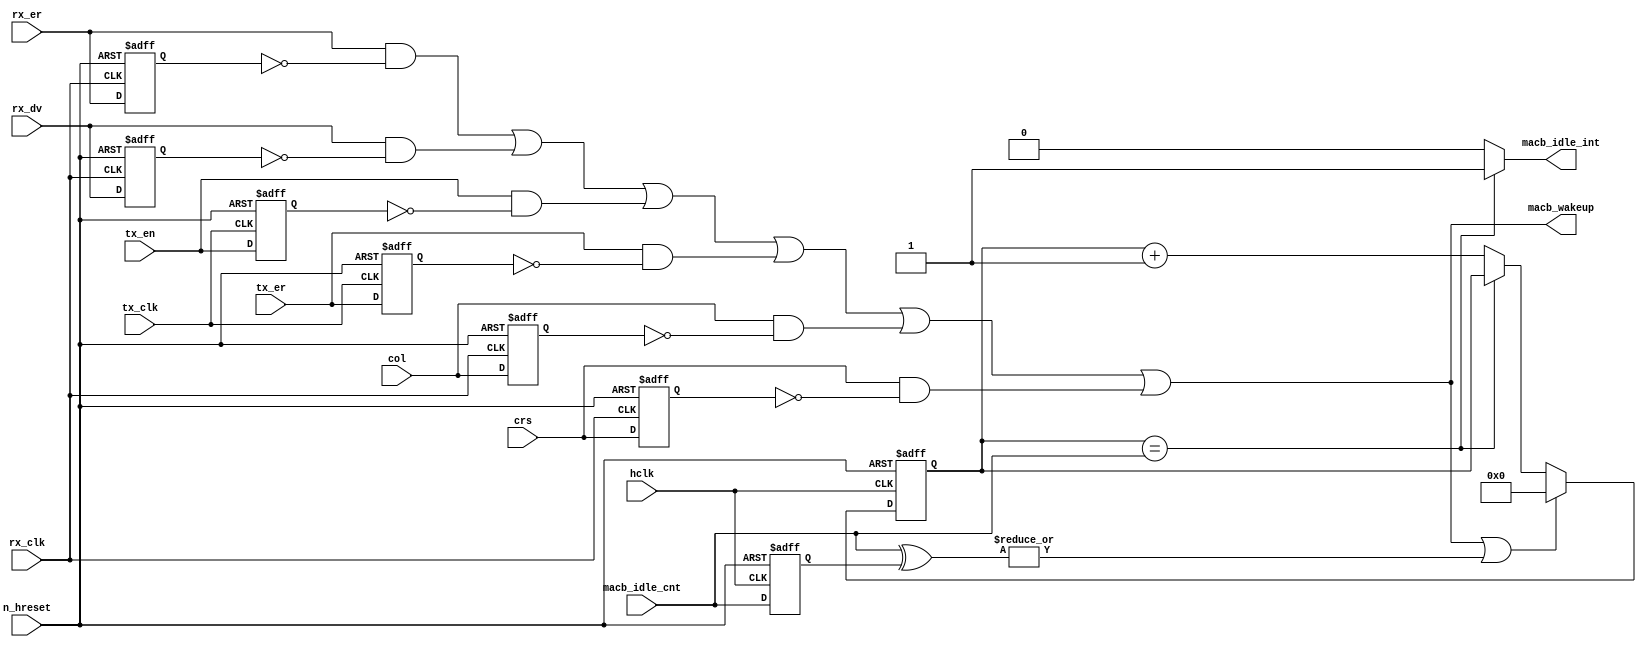
//----------------------------------------------------------------------
//   Copyright 1999-2010 Cadence Design Systems, Inc.
//   All Rights Reserved Worldwide
//
//   Licensed under the Apache License, Version 2.0 (the
//   "License"); you may not use this file except in
//   compliance with the License.  You may obtain a copy of
//   the License at
//
//       http://www.apache.org/licenses/LICENSE-2.0
//
//   Unless required by applicable law or agreed to in
//   writing, software distributed under the License is
//   distributed on an "AS IS" BASIS, WITHOUT WARRANTIES OR
//   CONDITIONS OF ANY KIND, either express or implied.  See
//   the License for the specific language governing
//   permissions and limitations under the License.
//----------------------------------------------------------------------

module mac_pcm (
   col,
   crs,
   tx_er,
   tx_en,
   tx_clk,
   rx_er,
   rx_clk,
   rx_dv,

   hclk,             
   n_hreset,
   macb_idle_cnt,
   macb_idle_int,
   macb_wakeup
);

input         col;            // collision detect signal from the PHY
input         crs;            // carrier sense signal from the PHY
input         tx_er;          // transmit error signal to the PHY
input         tx_en;          // transmit enable signal to the PHY
input         tx_clk;         // transmit clock from the PHY
input         rx_er;          // receive error signal from the PHY
input         rx_clk;          // receive error signal from the PHY
input         rx_dv;          // receive data valid signal from the PHY

input         hclk;           // AHB clock
input         n_hreset;       // AHB reset

input [31:0] macb_idle_cnt;  // macb idle count value from macb register i/f

output       macb_idle_int;  // idle  interrupt to macb register i/f
output       macb_wakeup;

reg  col_reg, crs_reg,  tx_en_reg, tx_er_reg, rx_dv_reg, rx_er_reg;

reg [31:0] idle_cnt;

reg [31:0] macb_idle_cnt_reg;

wire macb_cnt_update;

// Latch rx i/f signals
always @(posedge rx_clk or negedge n_hreset) begin
  if(!n_hreset)begin
     col_reg <= 0;
     crs_reg <= 0;
     rx_er_reg <= 0;
     rx_dv_reg <= 0;
  end else begin
     col_reg <= col;
     crs_reg <= crs;
     rx_er_reg <= rx_er;
     rx_dv_reg <= rx_dv;
  end
end 

// Latch tx i/f signals
always @(posedge tx_clk or negedge n_hreset) begin
  if(!n_hreset)begin
    tx_er_reg <= 0;
    tx_en_reg <= 0;
  end else begin
    tx_er_reg <= tx_er;
    tx_en_reg <= tx_en;
  end
end

// pulse generation
wire col_p = col & (!col_reg);
wire crs_p = crs & (!crs_reg);
wire rx_er_p = rx_er & (!rx_er_reg);
wire rx_dv_p = rx_dv & (!rx_dv_reg);
wire tx_en_p = tx_en & (!tx_en_reg);
wire tx_er_p = tx_er & (!tx_er_reg);


// latch the macb counter
always @(posedge hclk or negedge n_hreset) begin
  if(!n_hreset)
      macb_idle_cnt_reg <= 32'h7fff_ffff;
  else 
      macb_idle_cnt_reg <= macb_idle_cnt;
end

assign macb_cnt_update = | (macb_idle_cnt^macb_idle_cnt_reg); // sense change

assign macb_wakeup = (rx_er_p || rx_dv_p || tx_en_p || tx_er_p || col_p || crs_p );

// idle activity checks
// if any activity on line interface, reset idle count to 0
// if no activity and idle time reaches the preset time, raise and interrupt
always @(posedge hclk or negedge n_hreset) begin
  if(!n_hreset) 
    idle_cnt <= 0;
  else if (macb_wakeup || macb_cnt_update)
    idle_cnt <= 0;
  else if (idle_cnt == macb_idle_cnt)
    idle_cnt <= idle_cnt;
  else 
    idle_cnt <= idle_cnt + 1;
end

// pulse on timeout
assign macb_idle_int = (idle_cnt == macb_idle_cnt) ? 1'b1 : 1'b0;

endmodule